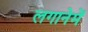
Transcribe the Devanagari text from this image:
लगानेमें